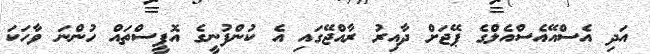
އަދި އެސްއޭއެސްއެލްގެ ޕޭޖަށް ދާއިރު ރާއްޖޭގައި އެ ކުންފުނީގެ އޮފީސްތައް ހުންނަ ވާހަކަ